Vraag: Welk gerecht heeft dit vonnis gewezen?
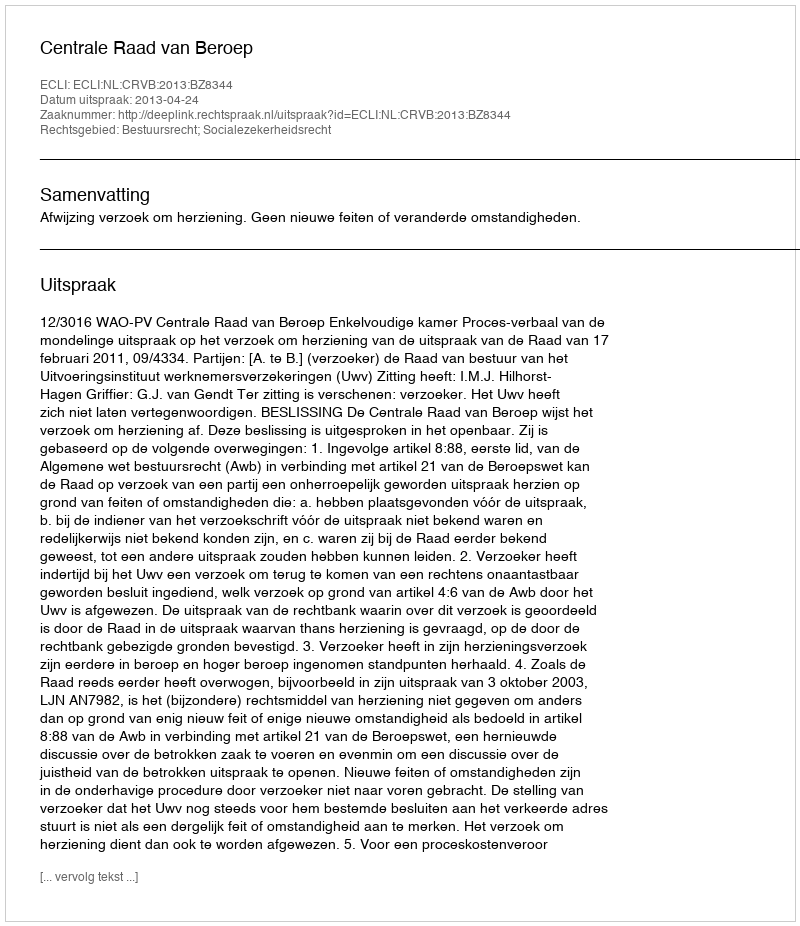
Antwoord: Centrale Raad van Beroep